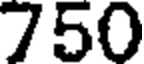
750